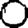
Digit: 0